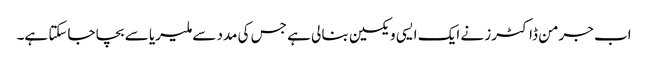
اب جرمن ڈاکٹرز نے ایک ایسی ویکسین بنا لی ہے جس کی مدد سے ملیریا سے بچا جاسکتا ہے۔